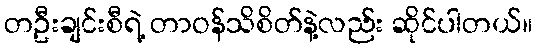
တဦးချင်းစီရဲ့ တာဝန်သိစိတ်နဲ့လည်း ဆိုင်ပါတယ်။